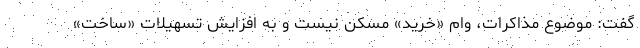
گفت: موضوع مذاکرات، وام «خرید» مسکن نیست و به افزایش تسهیلات «ساخت»